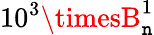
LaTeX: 10^{3}\timesB_{\mathtt{n}}^{1}